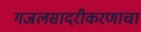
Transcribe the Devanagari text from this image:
गजलसादरीकरणाचा